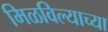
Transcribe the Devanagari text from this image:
मिळविल्याच्या